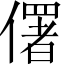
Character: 𠏲